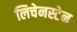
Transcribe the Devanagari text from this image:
लिचेनस्टेन